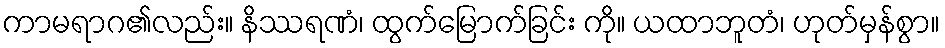
ကာမရာဂ၏လည်း။ နိဿရဏံ၊ ထွက်မြောက်ခြင်း ကို။ ယထာဘူတံ၊ ဟုတ်မှန်စွာ။